Medical and sanitary report of the native army of Madras for the year
Year: 1877
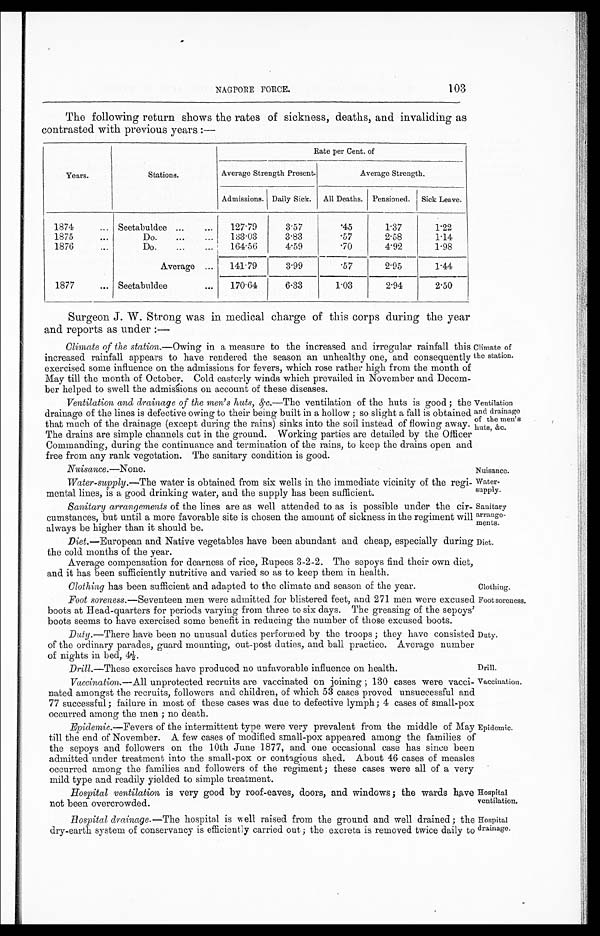
Nuisance .—None.
Nuisance
Water-
supply.
Sanitary
arrange-
ments.
Diet.
Duty.
Drill.
Vaccination.
Hospital
ventilation.
Hospital
drainage.
NAGPORE FORCE.
103
The following return shows the rates of sickness, deaths, and invaliding as
contrasted with previous years :—
Years.
Stations.
Rate per Cent. of
Average Strength Present.
Average Strength.
Admissions. Daily Sick. All Deaths. Pensioned. Sick Leave.
1874
... Seetabuldee ...
...
127.79
3.57
.45
1.37
1.22
1875
...
Do.
...
183.03
3.83
.57
2.58
1.14
1876
...
Do.
...
164.56
4.59
.70
4.92
1.98
Average ...
141.79
3.99
.57
2.95
1.44
1877
... Seetabuldee
...
170.64
6.33
1.03
2.94
2.50
Surgeon J. W. Strong was in medical charge of this corps during the year
and reports as under :-
Climate of the station. —Owing in a measure to the increased and irregular rainfall this
increased rainfall appears to have rendered the season an unhealthy one, and consequently
exercised some influence on the admissions for fevers, which rose rather high from the month of
May till the month of October. Cold easterly winds which prevailed in November and Decem-
ber helped to swell the admissions on account of these diseases.
Ventilation and drainage of the men's huts, &c. —The ventilation of the huts is good ; the
drainage of the lines is defective owing to their being built in a hollow ; so slight a fall is obtained
that much of the drainage (except during the rains) sinks into the soil instead of flowing away.
The drains are simple channels cut in the ground. Working parties are detailed by the Officer
Commanding, during the continuance and termination of the rains, to keep the drains open and
free from any rank vegetation. The sanitary condition is good.
Climate of
the station.
Ventilation
and drainage
of the men's
huts, &c.
Water-supply. --The water is obtained from six wells in the immediate vicinity of the regi-
mental lines, is a good drinking water, and the supply has been sufficient.
Sanitary arrangements of the lines are as well attended to as is possible under the cir-
cumstances, but until a more favorable site is chosen the amount of sickness in the regiment will
always be higher than it should be.
Diet. —European and Native vegetables have been abundant and cheap, especially during
the cold months of the year.
Average compensation for dearness of rice, Rupees 3-2-2. The sepoys find their own diet,
and it has been sufficiently nutritive and varied so as to keep them in health.
Clothing has been sufficient and adapted to the climate and season of the year.
Clothing.
Foot soreness. —Seventeen men were admitted for blistered feet, and 271 men were excused
boots at Head-quarters for periods varying from three to six days. The greasing of the sepoys'
boots seems to have exercised some benefit in reducing the number of those excused boots.
Duty. —There have been no unusual duties performed by the troops ; they have consisted
of the ordinary parades, guard mounting, out-post duties, and ball practice. Average number
of nights in bed. 4½.
Drill.—These exercises have produced no unfavorable influence on health.
Vaccination. —All unprotected recruits are vaccinated on joining ; 130 cases were vacci-
nated amongst the recruits, followers and children, of which 53 cases proved unsuccessful and
77 successful ; failure in most of these cases was due to defective lymph; 4 cases of small-pox
occurred among. the men : no death.
Epidemic. —Fevers of the intermittent type were very prevalent from the middle of May
till the end of November. A few cases of modified small-pox appeared among the families of
the sepoys and followers on the 10th June 1877, and one occasional case has since been
admitted under treatment into the small-pox or contagious shed. About 46 cases of measles
occurred among the families and followers of the regiment; these cases were all of a very
mild type and readily yielded to simple treatment.
Hospital ventilation is very good by roof-eaves, doors, and windows; the wards have
not been overcrowded_
Hospital drainage. —The hospital is well raised from the ground and well drained ; the
dry-earth system of conservancy is efficiently carried out ; the excreta is removed twice daily to
Foot soreness.
Epidemic.